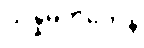
သန္နိဓိကတေန